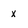
Character: X